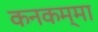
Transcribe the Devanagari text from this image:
कनकम्मा